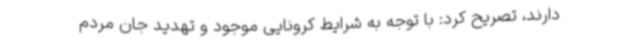
دارند، تصریح کرد: با توجه به شرایط کرونایی موجود و تهدید جان مردم